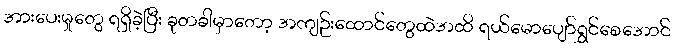
အားပေးမှုတွေ ရရှိခဲ့ပြီး ခုတခါမှာတော့ အကျဉ်းထောင်တွေထဲအထိ ရယ်မောပျော်ရွှင်စေအောင်